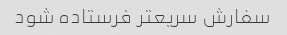
سفارش سریعتر فرستاده شود